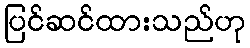
ပြင်ဆင်ထားသည်ဟု